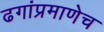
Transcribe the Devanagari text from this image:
ढगांप्रमाणेच